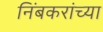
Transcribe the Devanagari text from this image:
निंबकरांच्या